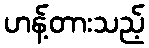
ဟန့်တားသည့်